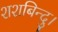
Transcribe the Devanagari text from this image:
शशबिन्दु।